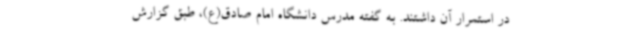
در استمرار آن داشتند. به گفته مدرس دانشگاه امام صادق(ع)، طبق گزارش